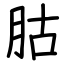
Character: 𦙶